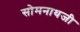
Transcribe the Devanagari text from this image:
सोमनाथजी